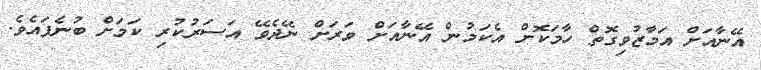
އޭނާއަށް އަމާޒުވިގޮތް ހާމަކޮށް އެކަމުން އޭނާއަށް ވަރަށް ނޭދެވޭ އަސަރުކުރި ކަމަށް ބުނެފައެވެ.